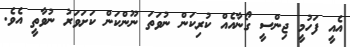
އެއީ ފަހުމީ ޖިންސީ ގޯނާއެއް ކުރިކަން ނުވަތަ ނޫންކަން ކަށަވަރު ނުވާތީ އެވެ.